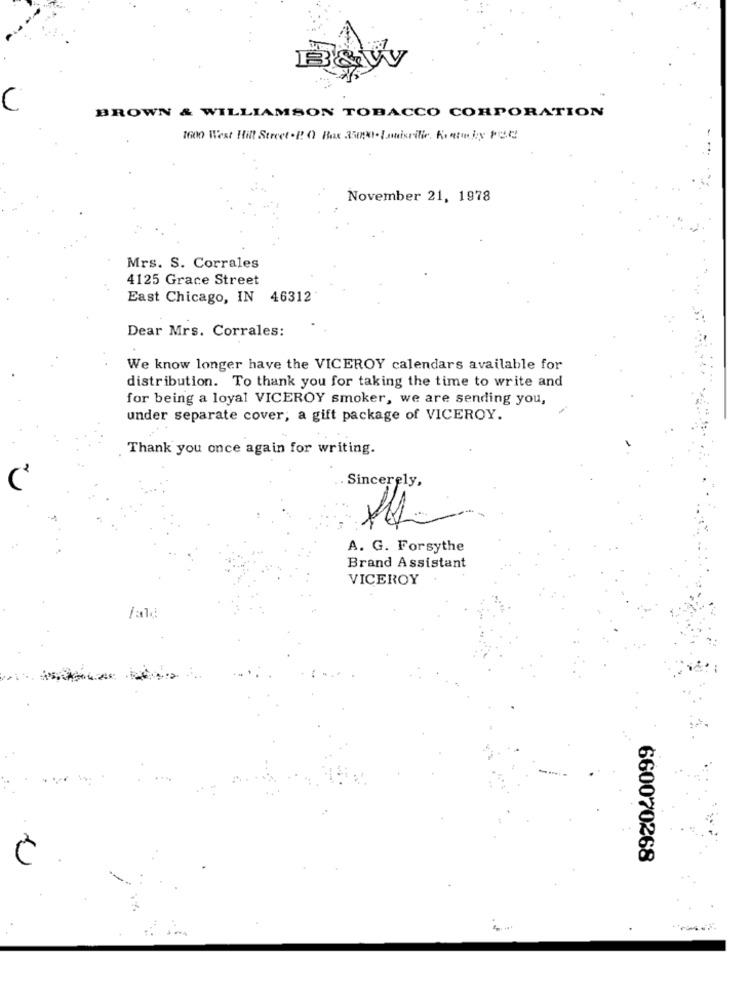
C
BROWN & WILLIAMSON TOBACCO CORPORATION
1600 West Hill Street .P. O Box 3500.Lamisrilie. Kontoboy PER
November 21, 1978
Mrs. S. Corrales
4125 Grace Street
East Chicago, IN 46312
Dear Mrs. Corrales:
We know longer have the VICEROY calendars available for
distribution. To thank you for taking the time to write and
for being a loyal VICEROY smoker, we are sending you,
under separate cover; a gift package of VICEROY.
Thank you once again for writing.
. Sincerely,
A. G. Forsythe
Brand Assistant
VICEROY
/ald
660070268